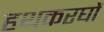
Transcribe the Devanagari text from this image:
हथकरघों